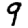
Digit: 9